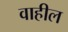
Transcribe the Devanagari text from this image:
वाहील